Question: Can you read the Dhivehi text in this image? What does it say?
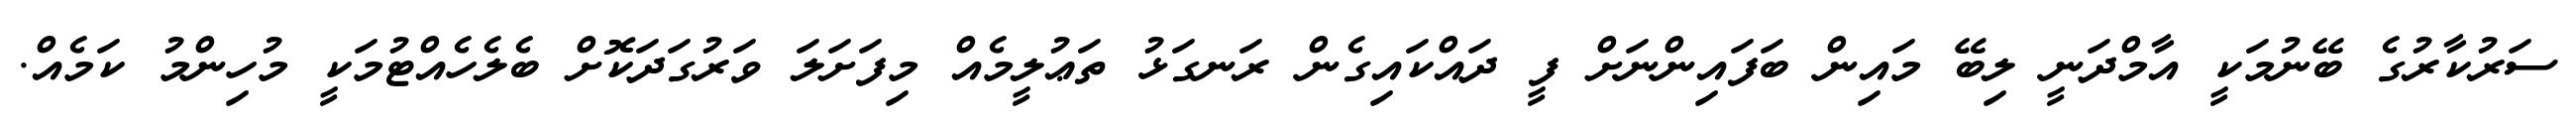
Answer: ސަރުކާރުގެ ބޭނުމަކީ އާމްދަނީ ލިބޭ މައިން ބަފައިންނަށް ފީ ދައްކައިގެން ރަނގަޅު ތަޢުލީމެއް މިފަށަލަ ވަރުގަދަކޮށް ބެލެހެއްޓުމަކީ މުހިންމު ކަމެއް.